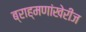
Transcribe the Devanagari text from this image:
ब्राह्मणांखेरीज